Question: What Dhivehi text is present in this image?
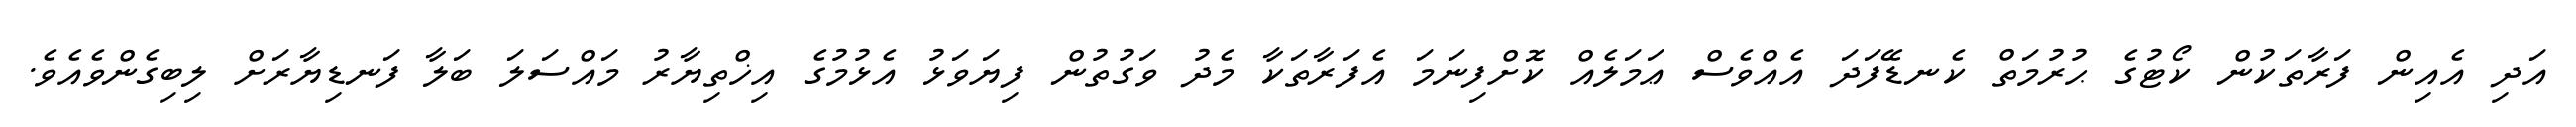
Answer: އަދި އެއިން ފަރާތަކުން ކޯޓުގެ ޙުރުމަތް ކެނޑޭފަދަ އެއްވެސް ޢަމަލެއް ކޮށްފިނަމަ އެފަރާތަކާ މެދު ވަގުތުން ފިޔަވަޅު އެޅުމުގެ އިޚްތިޔާރު މައްސަލަ ބަލާ ފަނޑިޔާރަށް ލިބިގެންވެއެވެ.